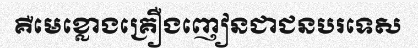
គឺមេខ្លោងគ្រឿងញៀនជាជនបរទេស